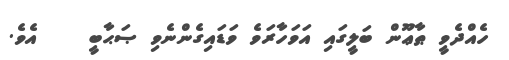
ހެއްދެވީ ޠާޢޫން ބަލީގައި އަވަހާރަވެ ވަޑައިގެންނެވި ޞަޙާބީ    އެވެ.